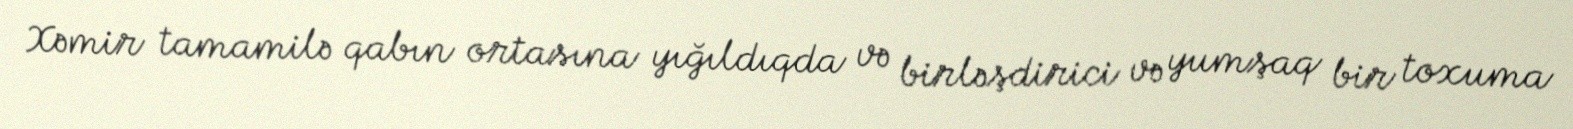
Xəmir tamamilə qabın ortasına yığıldıqda və birləşdirici və yumşaq bir toxuma